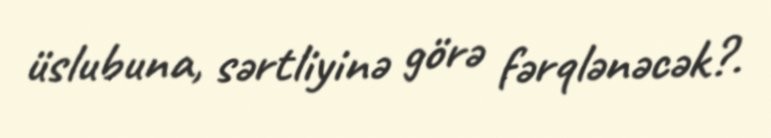
üslubuna, sərtliyinə görə fərqlənəcək?.